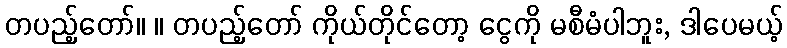
တပည့်တော်။ ။ တပည့်တော် ကိုယ်တိုင်တော့ ငွေကို မစီမံပါဘူး, ဒါပေမယ့်